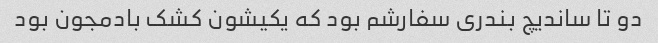
دو تا ساندیچ بندری سفارشم بود که یکیشون کشک بادمجون بود